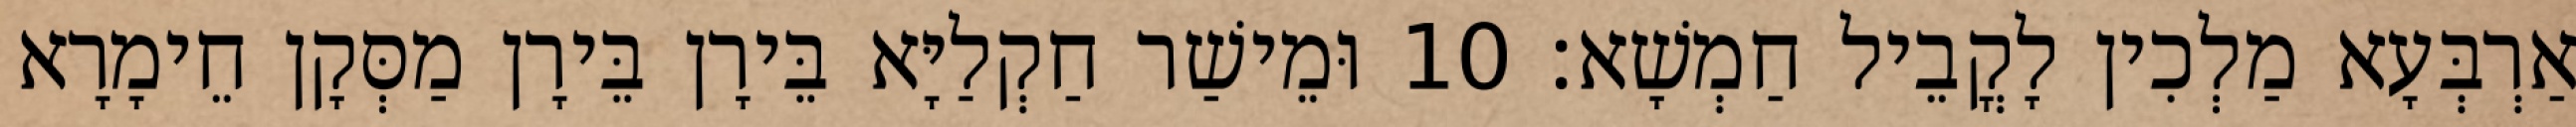
אַרְבְּעָא מַלְכִין לָקֳבֵיל חַמְשָׁא׃ 10 וּמֵישַׁר חַקְלַיָּא בֵּירָן בֵּירָן מַסְּקָן חֵימָרָא